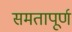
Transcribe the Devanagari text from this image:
समतापूर्ण